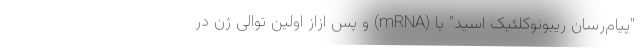
"پیام‌رسان ریبونوکلئیک اسید" یا (mRNA) و پس ازاز اولین توالی ژن در